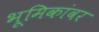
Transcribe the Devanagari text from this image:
भूमिकांवर